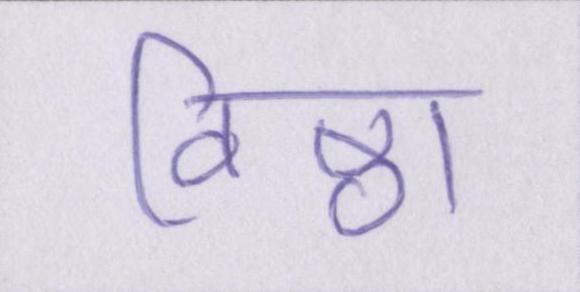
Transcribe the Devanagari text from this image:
विष्ठा